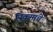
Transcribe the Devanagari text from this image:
निकमांचे